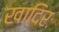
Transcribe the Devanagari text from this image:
खादिरः